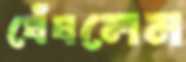
ঘেঁষলেন